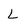
Character: L